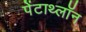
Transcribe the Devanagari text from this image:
पेंटाथ्लॉन